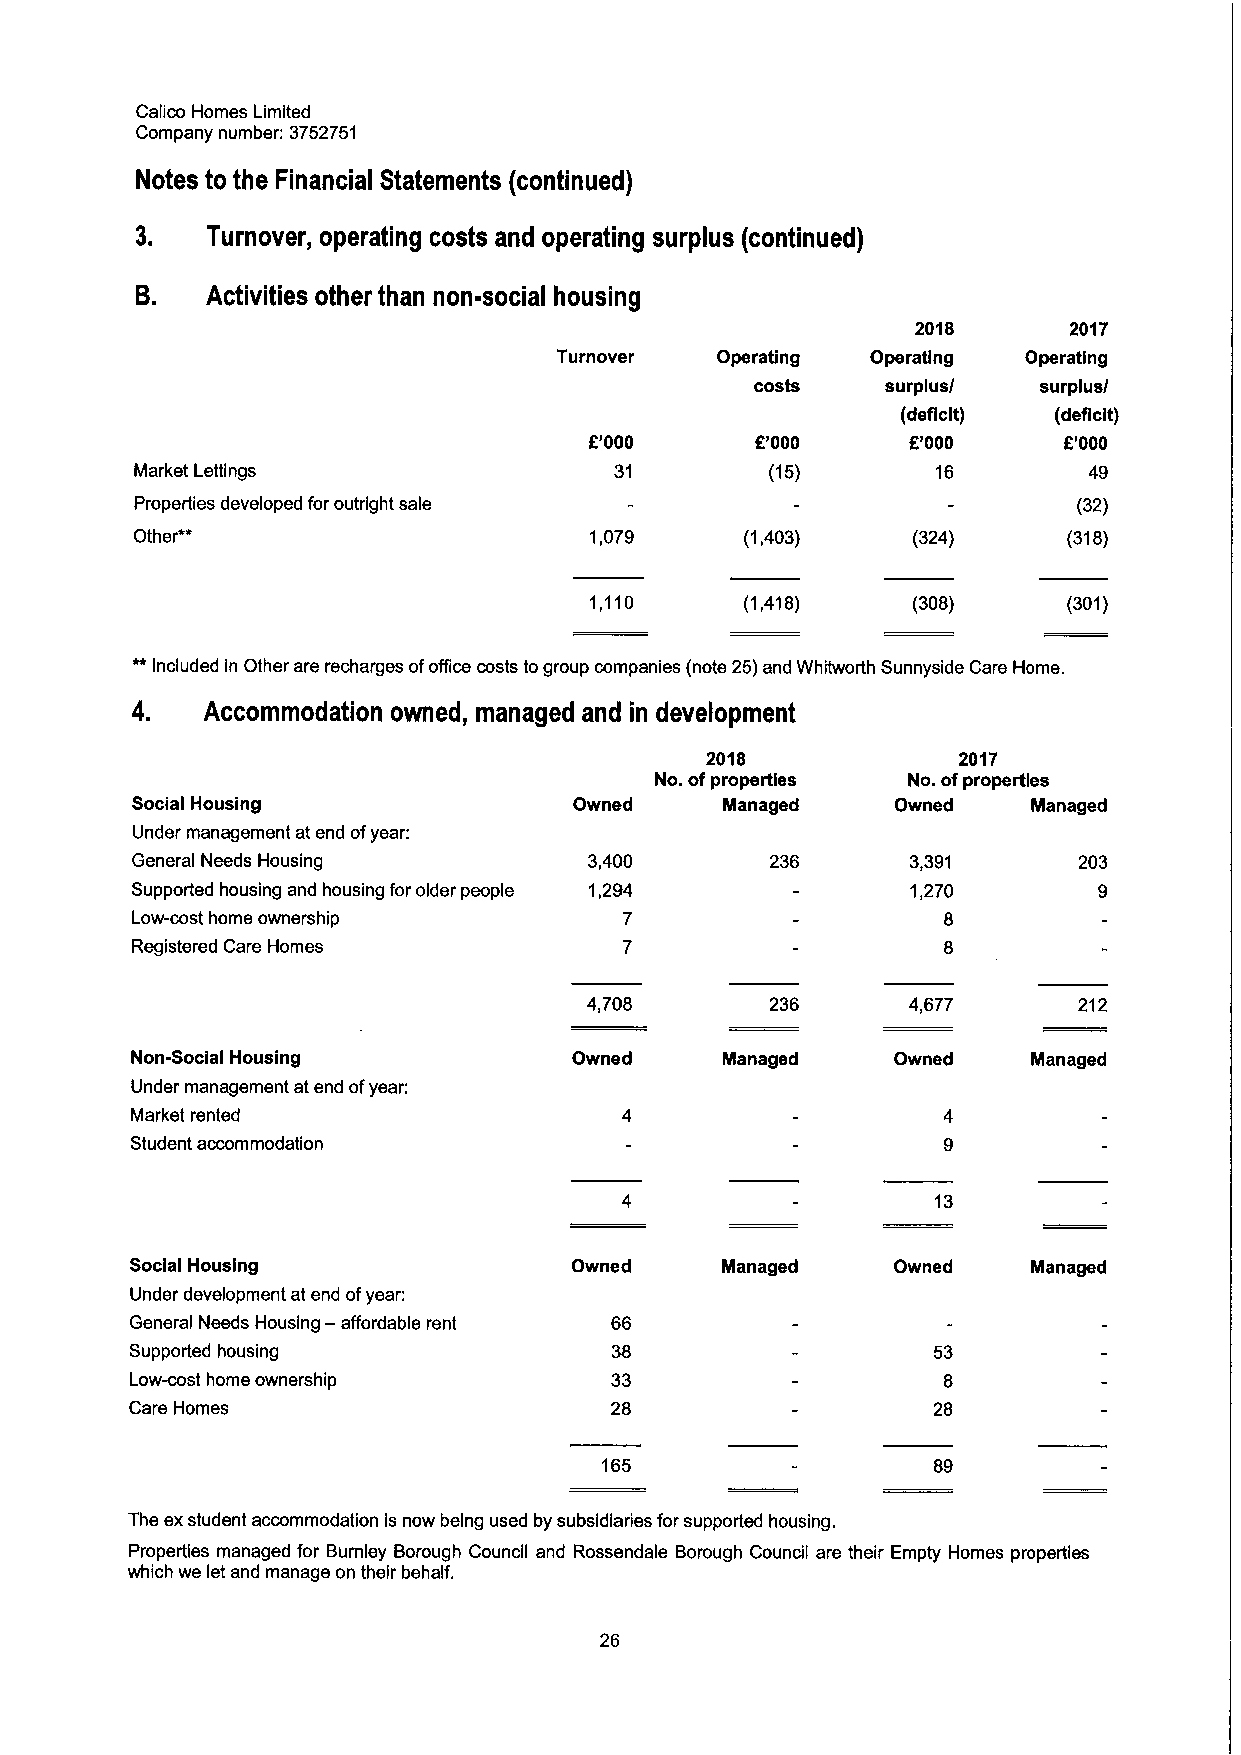
Calico Homes Limited
 Company number: 3752751
 Notes to the Financial Statements (continued)
 3.   Turnover, operating costs and operating surplus (continued)
 B.   Activities other than non-social housing
 2018      2017
 Turnover  Operating  Operating Operating
 costs    sui'plus/ surplus/
 (deficit) (deficit)
 K'000      E'000     K'000     f."000
 Market Lettings                 31        (15)       16        49
 Properties developed for outright sale                        (32)
 Other"*                       1,079     (1,403)    (324)      (318)
 1,110     (1,418)    (308)      (301)
 Included in Other are recharges ofoffice costs togroup companies (note 25)and Whitworth Sunnyside Care Home.
 4.  Accommodation owned, managed and in development
 2018            2017
 No. ofproperties No. ofproperties
 Social Housing               Owned     Managed    Owned    Managed
 Under management at end ofyear:
 General Needs Housing         3,400       236      3,391      203
 Supported housing and housing for older people 1,294 1,270
 Low-cost home ownership         7                    8
 Registered Care Homes
 4,708       236      4,677      212
 Non-Social Housing           Owned     Managed    Owned    Managed
 Under management at end ofyear:
 Market rented
 Student accommodation
 13
 Social Housing               Owned     Managed    Owned    Managed
 Under development at end ofyear:
 General Needs Housing — affordable rent 66
 Supported housing              38                    53
 Low-cost home ownership        33                    8
 Care Homes                     28                    28
 165                   89
 The exstudent accommodation is now being used by subsidiaries for supported housing.
 Properties managed for Bumley Borough Council and Rossendale Borough Council are their Empty Homes properties
 which we let and manage on their behalf.
 26